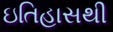
ઇતિહાસથી